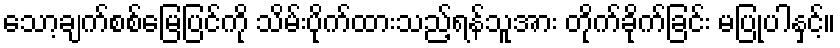
သော့ချက်စစ်မြေပြင်ကို သိမ်းပိုက်ထားသည့်ရန်သူအား တိုက်ခိုက်ခြင်း မပြုပါနှင့်။